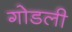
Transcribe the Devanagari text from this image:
गोडली